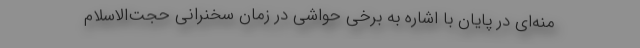
منه‌ای در پایان با اشاره به برخی حواشی در زمان سخنرانی حجت‌الاسلام